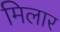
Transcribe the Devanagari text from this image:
मिलार